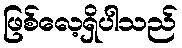
ဖြစ်လေ့ရှိပါသည်